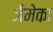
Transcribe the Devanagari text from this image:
जैमेका